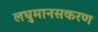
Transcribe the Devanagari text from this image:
लघुमानसकरण